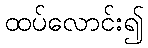
ထပ်လောင်း၍